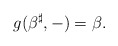
\begin{align*}g(\beta^\sharp,-)=\beta.\end{align*}